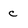
Character: c